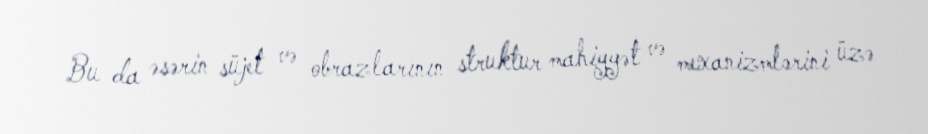
Bu da əsərin süjet və obrazlarının struktur mahiyyət və mexanizmlərini üzə